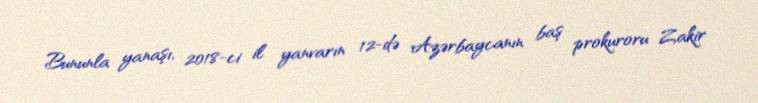
Bununla yanaşı, 2018-ci il yanvarın 12-də Azərbaycanın baş prokuroru Zakir